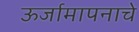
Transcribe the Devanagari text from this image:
ऊर्जामापनाचे